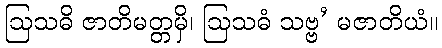
ဩသဓိ ဇာတိမတ္တမှိ၊ ဩသဓံ သဗ္ဗ’ မဇာတိယံ။